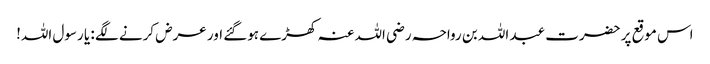
اس موقع پر حضرت عبد اللہ بن رواحہ رضی اللہ عنہ کھڑے ہوگئے اور عرض کرنے لگے : یا رسول اللہ!